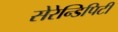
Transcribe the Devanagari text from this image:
सेरेन्डिपिटी